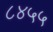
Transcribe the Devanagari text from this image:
८४५५